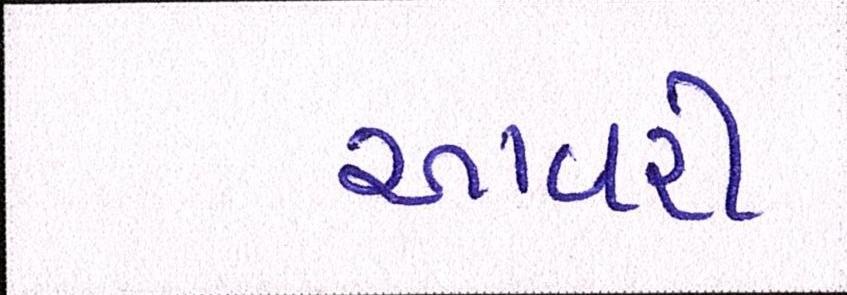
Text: આવરી